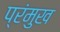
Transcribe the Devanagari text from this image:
प्रंमुख